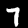
Label: 7